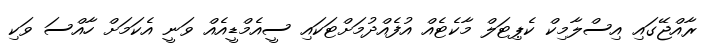
ރާއްޖޭގައި އިސްލާމިކް ކެޕިޓަލް މާކެޓެއް އުފެއްދުމަށްޓަކައި ސީއެމްޑީއެއް ވަނީ އެކަމަށް ހާއްސަ ވަކި